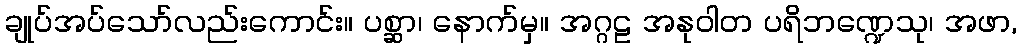
ချုပ်အပ်သော်လည်းကောင်း။ ပစ္ဆာ၊ နောက်မှ။ အဂ္ဂဠ အနုဝါတ ပရိဘဏ္ဍေသု၊ အဖာ,